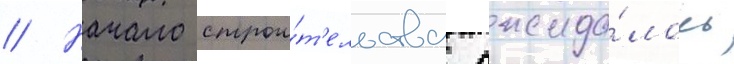
// Начало строи́т'ельства ожида́лось